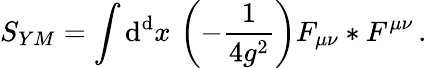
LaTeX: S_{YM}=\int\mathrm{d}^{\mathrm{d}}x\, \left(-\frac{{1}}{{4g^{2}}}\right)F_{\mu\nu}*F^{\mu\nu}\, .